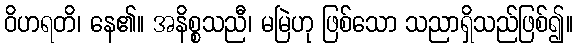
ဝိဟရတိ၊ နေ၏။ အနိစ္စသညီ၊ မမြဲဟု ဖြစ်သော သညာရှိသည်ဖြစ်၍။